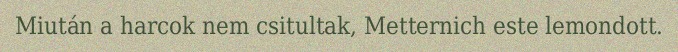
Miután a harcok nem csitultak, Metternich este lemondott.